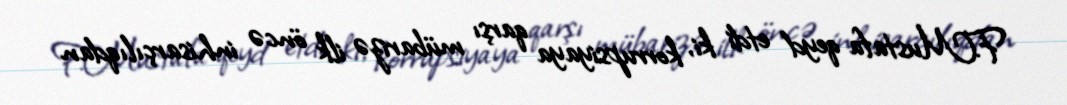
F.Mustafa qeyd etdi ki, korrupsiyaya qarşı mübarizə ilk öncə inhisarçılıqdan